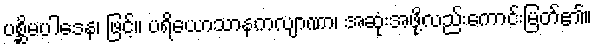
ပစ္ဆိမပါဒေန၊ ဖြင့်။ ပရိယောသာနကလျာဏာ၊ အဆုံးအဖို့လည်းကောင်းမြတ်၏။